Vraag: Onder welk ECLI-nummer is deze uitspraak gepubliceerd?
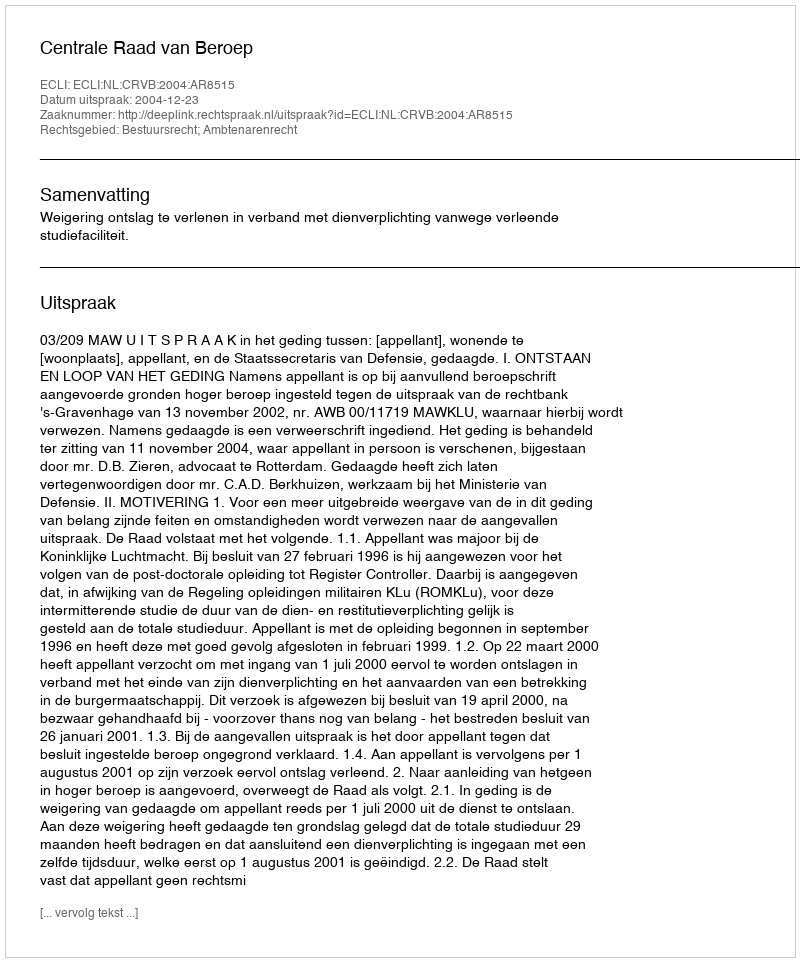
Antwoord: ECLI:NL:CRVB:2004:AR8515